Civil Veterinary Department Bihar reports 1940-50 - 1940-1950
Year: 1940
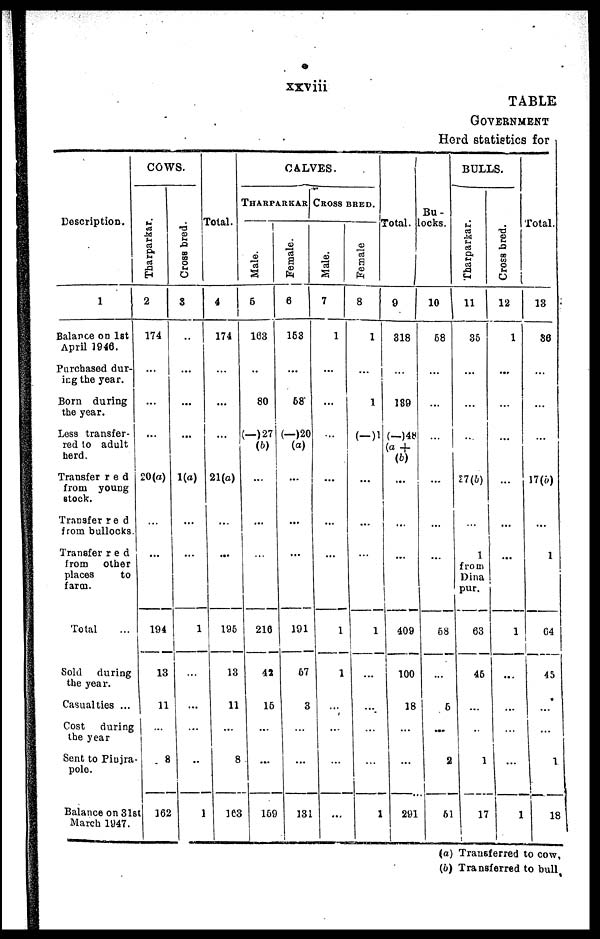
xxviii
TABLE
GOVERNMENST
Herd statistics for
Description.
1
Balance on 1st
April 1946.
Purchased dur-
ing the year.
Born during
the year.
Less transfer-
red to adult
herd.
Transferred
from young
stock.
Transferred
from bullocks.
Transferred
from
other
places
to
farm.
Total ...
Sold
during
the year.
Casualties ...
Cost
during
the year
Sent to Pinjra
pole.
Balance on 31
March 1947.
COWS.
Tharparkar.
2
174
...
...
...
20(a)
...
...
194
13
11
....
8
5t 162
Cross bred.
3
...
...
...
...
1(a)
...
...
1
...
...
...
..
1
Total.
4
174
...
...
...
21(a)
...
...
195
13
11
...
8
163
CALVES.
THARPARKAR
Male.
6
163
...
80
27
(b)
...
...
...
216
42
15
...
...
159
Female.
6
153
...
58
(-)20
(a)
...
...
...
191
57
3
...
...
131
CROSS BRED.
Male.
7
1
...
...
...
...
...
...
1
1
...
...
...
...
Female
8
1
...
1
(-)1
...
...
...
1
...
...
...
...
1
Total.
9
318
...
189
(—)48
a +
(6)
...
...
...
409
100
18
...
...
291
Bu-
locks.
10
58
...
...
...
...
...
...
58
...
5
...
2
61
BULLS.
Thar par kar .
11
35
...
...
...
27(b)
...
1
from
Dina
pur.
63
46
...
...
1
17
Cr os s bred.
12
1
...
...
...
...
...
...
1
...
...
...
...
1
Total.
13
86
...
...
...
17(b)
...
1
04
45
...
...
1
18
(a) Transferred to cow,
(b) Transferred to bull,